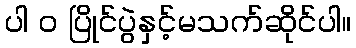
ပါ ၀ ပြိုင်ပွဲနှင့်မသက်ဆိုင်ပါ။